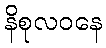
နိစုလဝနေ